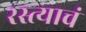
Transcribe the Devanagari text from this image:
रस्त्याचं